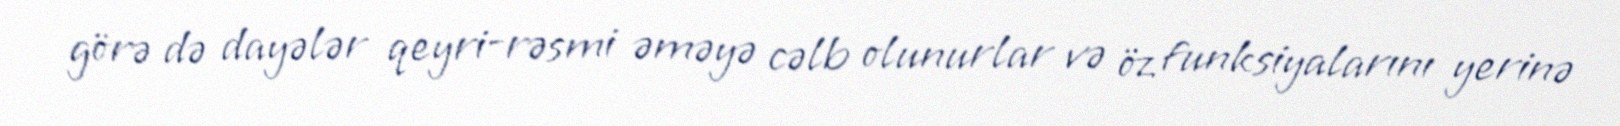
görə də dayələr qeyri-rəsmi əməyə cəlb olunurlar və öz funksiyalarını yerinə